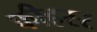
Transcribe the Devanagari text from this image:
फीहरर